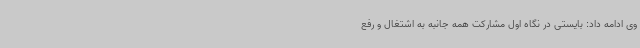
وی ادامه داد: بایستی در نگاه اول مشارکت همه جانبه به اشتغال و رفع